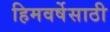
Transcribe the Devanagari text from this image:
हिमवर्षेसाठी